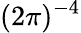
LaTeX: (2\pi)^{-4}